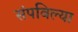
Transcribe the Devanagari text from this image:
संपविल्या